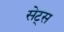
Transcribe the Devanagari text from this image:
सेट्‌स